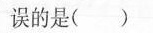
误的是()